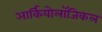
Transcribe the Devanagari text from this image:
आर्कियोलॉजिकल